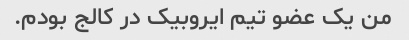
من یک عضو تیم ایروبیک در کالج بودم.